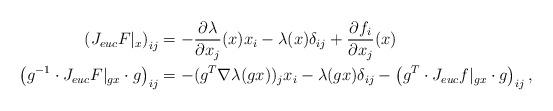
LaTeX: \begin{align*}\left( J_{euc}F|_x \right)_{ij} &= - \frac{\partial \lambda}{\partial x_j}(x) x_i - \lambda(x) \delta_{ij}+ \frac{\partial f_i}{\partial x_j}(x) \\\left( g^{-1} \cdot J_{euc} F |_{gx} \cdot g \right)_{ij} &= - (g^T \nabla \lambda(gx))_j x_i - \lambda(gx) \delta_{ij} - \left( g^T \cdot J_{euc}f |_{gx} \cdot g \right)_{ij},\end{align*}